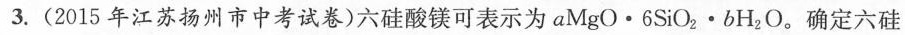
3.(2015年江苏扬州市中考试卷)六硅酸镁可表示为aMgO·6SiO_{2}·bH_{2}O。确定六硅